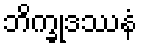
ဘိက္ခုဒဿနံ